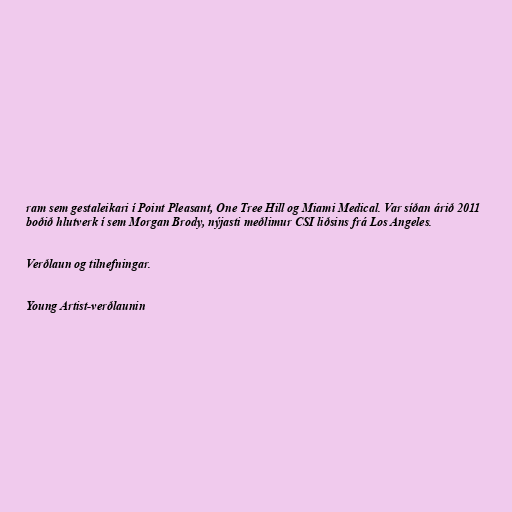
ram sem gestaleikari í Point Pleasant, One Tree Hill og Miami Medical. Var síðan árið 2011
boðið hlutverk í sem Morgan Brody, nýjasti meðlimur CSI liðsins frá Los Angeles.

Verðlaun og tilnefningar.

Young Artist-verðlaunin